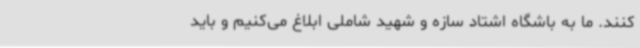
کنند. ما به باشگاه‌ اشتاد سازه و شهید شاملی ابلاغ می‌کنیم و باید